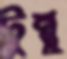
টুন্নু